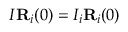
I { \bf R } _ { i } ( 0 ) = I _ { i } { \bf R } _ { i } ( 0 )